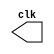
 // -------------------------------
// Guia 09 clock
// Nome: Ludmily Caldeira da Silva
// --------------------------------

// ----------------------------
// -- clock
// ----------------------------

module clock ( clk );
 output clk;
 reg    clk;

 initial
  begin
   clk = 1'b0;
  end

 always
  begin
   #24 clk = ~clk;
  end
endmodule



// ----------------------------
// -- exercicio 1
// ----------------------------

module guia0901 (signal,clock);

 input  clock;
 output signal;
 reg    signal;

  initial
  begin
   signal = 1'b0;
  end

 always
  begin
   #12 signal = ~signal;
	
  end
endmodule



// ----------------------------
// -- exercicio 2
// ----------------------------

module guia0902 (signal,clock);

 input  clock;
 output signal;
 reg    signal;

  initial
  begin
   signal = 1'b0;
  end

 always
  begin
   #96 signal = ~signal;
	
  end
endmodule



// ----------------------------
// -- exercicio 3
// ----------------------------

module guia0903 (signal,clock);
 input  clock;
 output signal;
 reg    signal;


 always @ ( posedge clock )
  begin
      signal = 1'b1;
	#6 signal = 1'b0;
  end
  
 always @ ( negedge clock )
  begin
  		signal = 1'b1;
   #6 signal = 1'b0;
	
  end
endmodule



// ----------------------------
// -- exercicio 4
// ----------------------------

module guia0904 ( signal,clock );
 input  clock;
 output signal;
 reg    signal;

  
 always @ ( negedge clock )
  begin
  		  signal = 1'b1;
    #96 signal = 1'b0;
  end
endmodule



// ----------------------------
// -- exercicio 5
// ----------------------------

module guia0905 ( signal,clock );
 input  clock;
 output signal;
 reg    signal;

  
 always @ ( posedge clock )
  begin
  	    signal = 1'b1;
    #6 signal = 1'b0;
  end
endmodule




// ----------------------------
// -- teste
// ----------------------------

module teste;

 wire  clock;
 clock clk1 ( clock );
 
 wire exercicio1, exercicio2, exercicio3, exercicio4, exercicio5;
 
 guia0901 GUIA0901 (exercicio1,clock);
 guia0902 GUIA0902 (exercicio2,clock);
 guia0903 GUIA0903 (exercicio3,clock);
 guia0904 GUIA0904 (exercicio4,clock);
 guia0905 GUIA0905 (exercicio5,clock);

 initial begin
  $dumpfile ( "guia09.vcd" );
  $dumpvars (1, clock, exercicio1, exercicio2, exercicio3, exercicio4, exercicio5);
  #480 $finish;
  
 end
endmodule